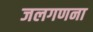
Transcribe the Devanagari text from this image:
जलगणना